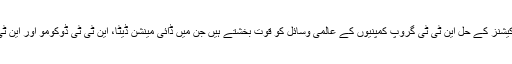
این ٹی ٹی کمیونی کیشنز کے حل این ٹی ٹی گروپ کمپنیوں کے عالمی وسائل کو قوت بخشتے ہیں جن میں ڈائی مینشن ڈیٹا، این ٹی ٹی ڈوکومو اور این ٹی ٹی ڈیٹا شامل ہیں۔